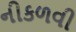
નીકળવી